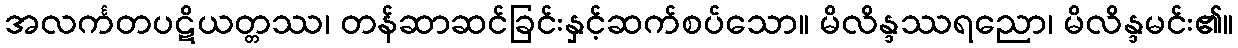
အလင်္ကတပဋိယတ္တဿ၊ တန်ဆာဆင်ခြင်းနှင့်ဆက်စပ်သော။ မိလိန္ဒဿရညော၊ မိလိန္ဒမင်း၏။